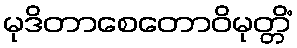
မုဒိတာစေတောဝိမုတ္တိံ